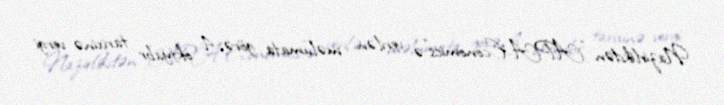
Nazirlikdən "APA-Economics"ə verilən məlumata görə, 4 oktyabr tarixinə vergi